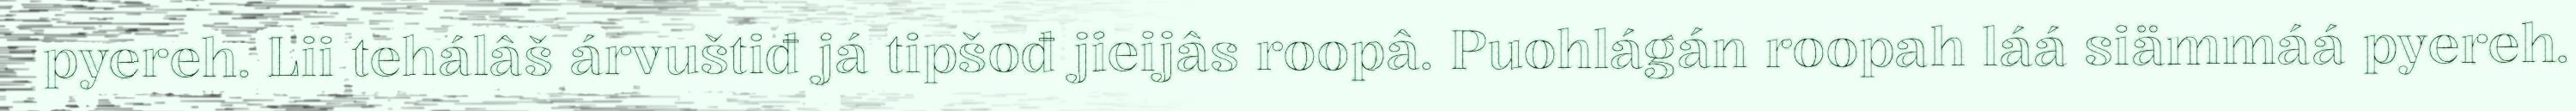
pyereh. Lii tehálâš árvuštiđ já tipšođ jieijâs roopâ. Puohlágán roopah láá siämmáá pyereh.